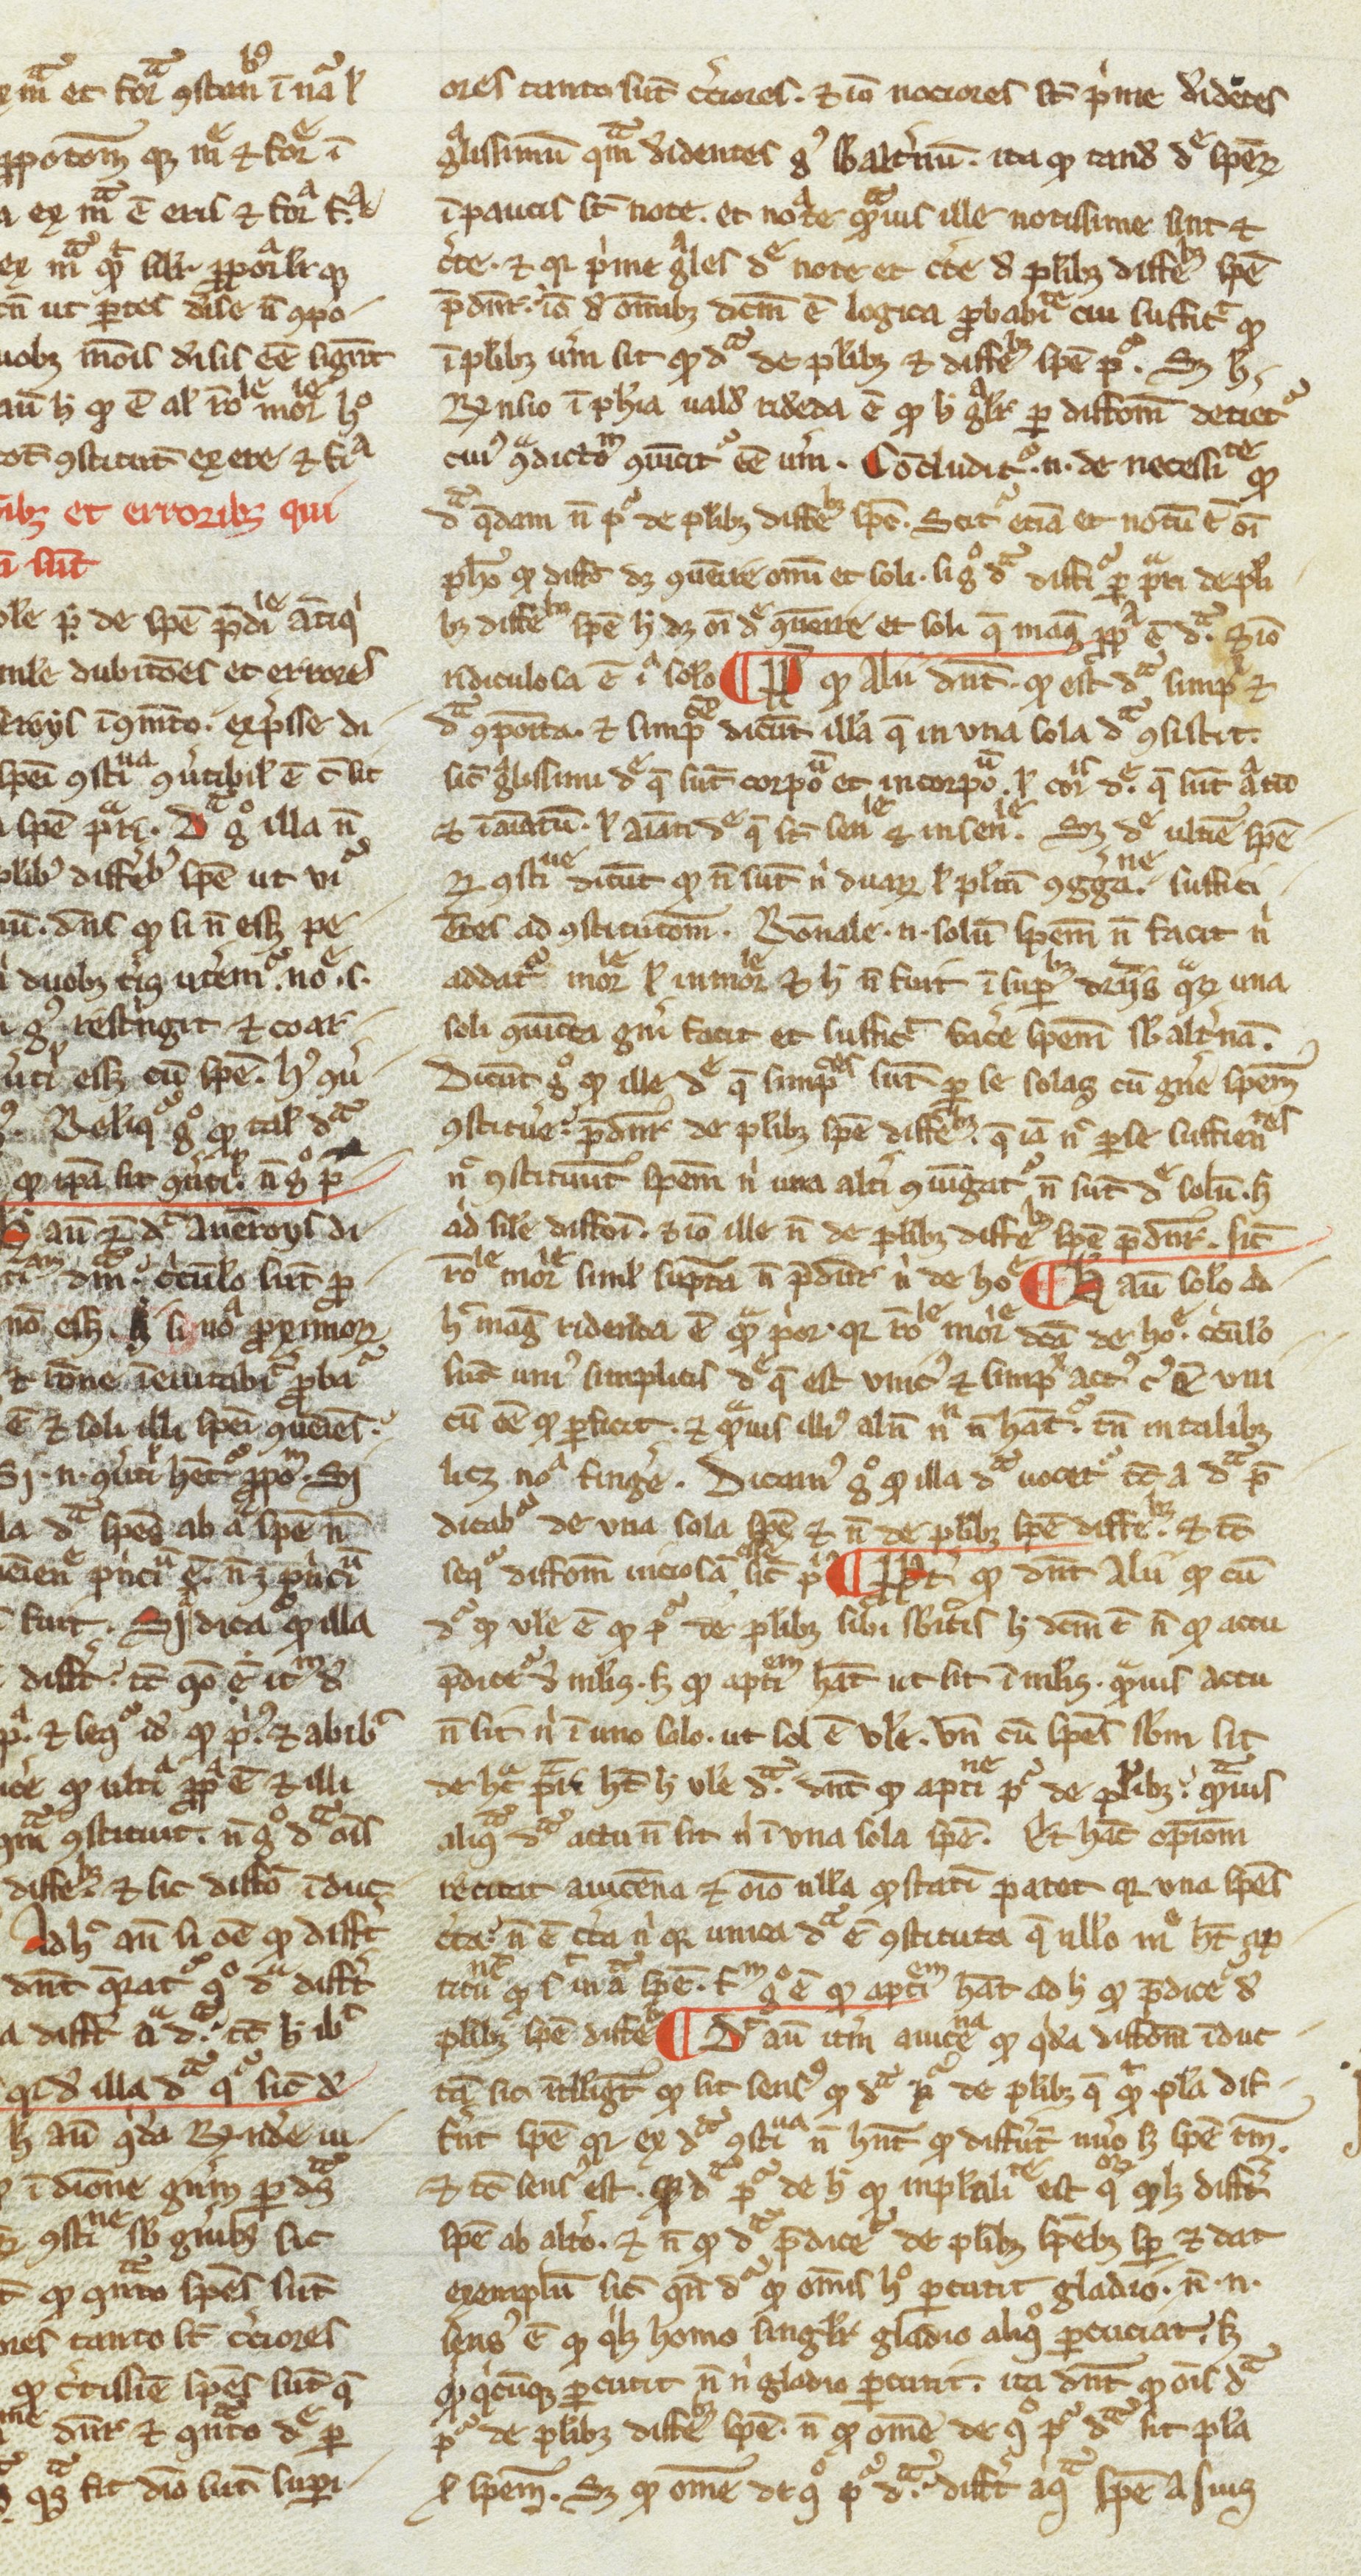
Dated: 1200–1399